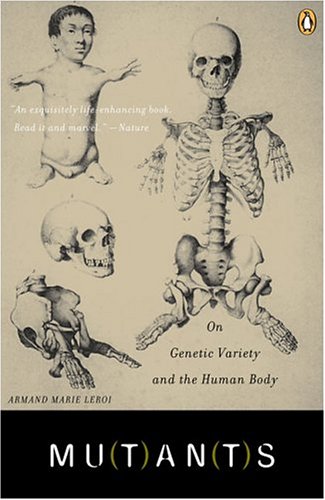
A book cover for Mutants: On Genetic Variety and the Human Body; Armand Marie Leroi; Politics & Social Sciences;